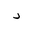
Letter: _dal